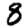
Digit: 8